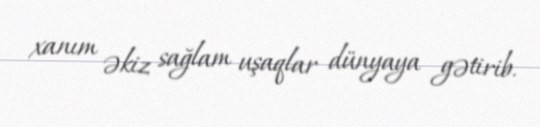
xanım əkiz sağlam uşaqlar dünyaya gətirib.